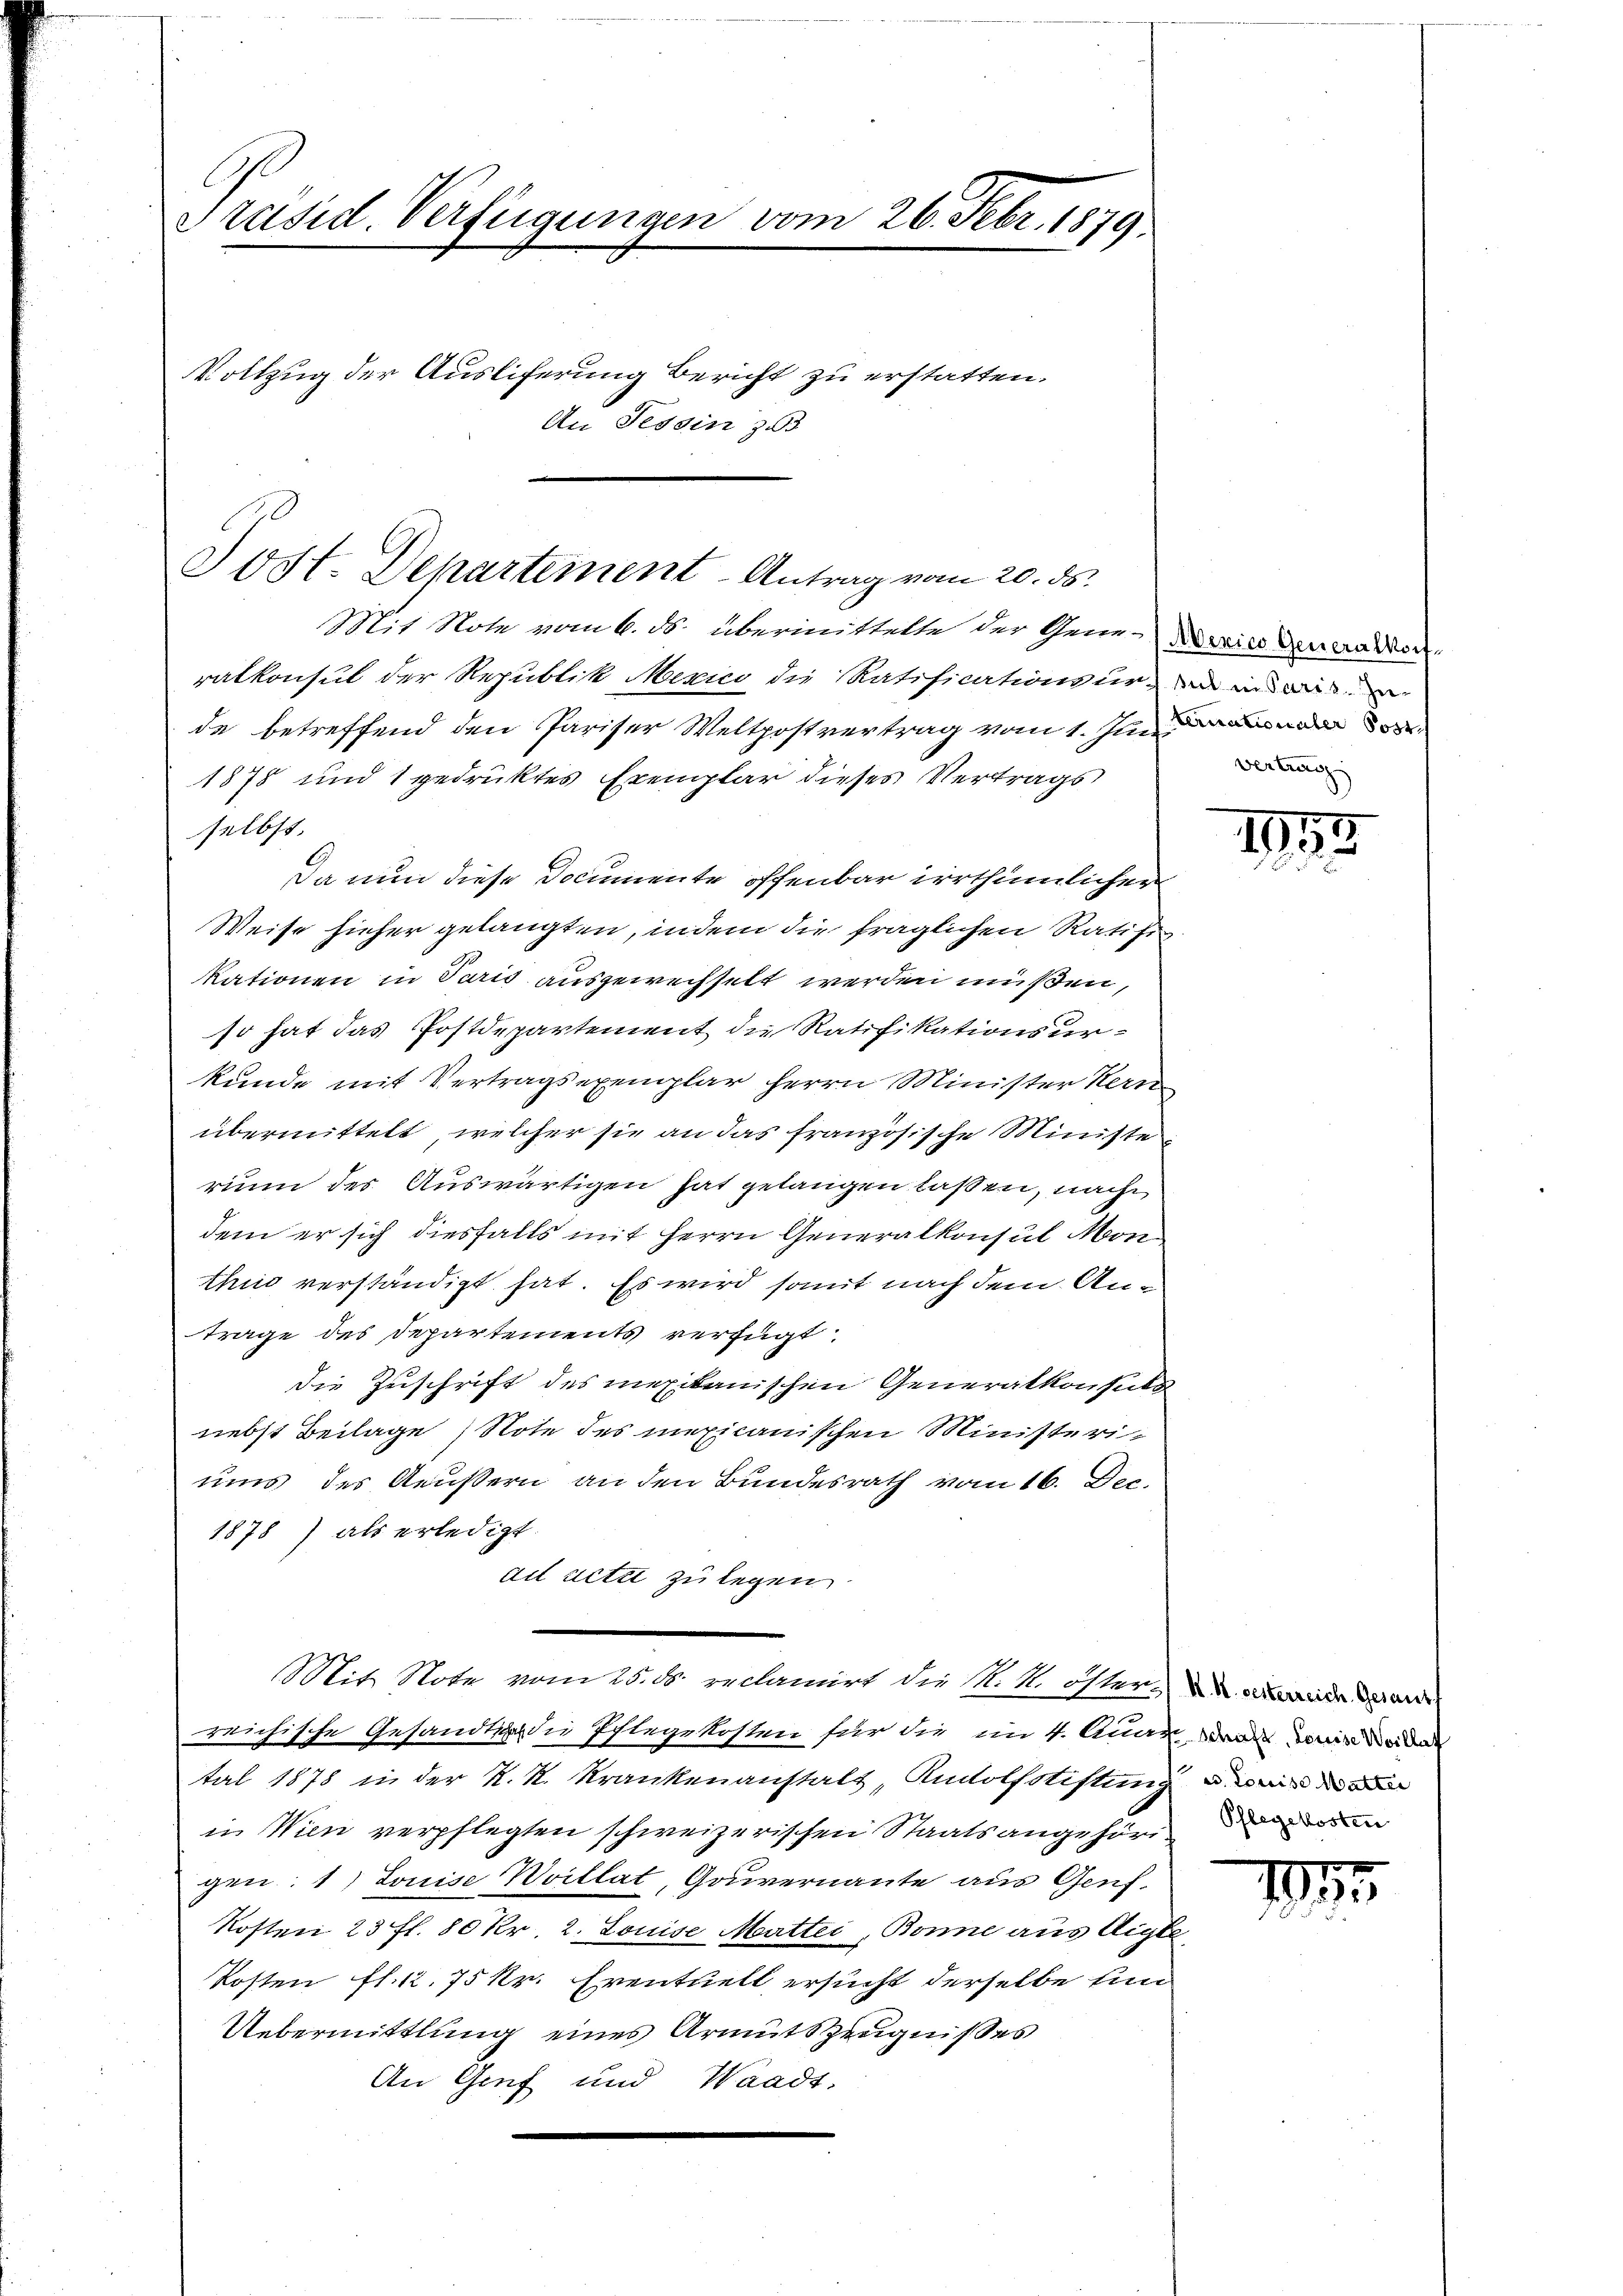
Präsid. Verfügungen vom 26. Febr. 1879
Vollzug der Ausliferung Bericht zu erstatten.
An Tessin zu

Jost. Departement-Antrag vom 20. ds.

Mit Note vom 6. ds. übermittelte der Gene-Mexico Generatort
ralkonsul der Republik Mexico die Ratificationsuren in di
de betreffend den Pariser Weltpostvertrag vom 1. Jun
1878 und 1 gedruktes Exemplar dieses Vertrags
selbst.
Da nun diese Documente offenbar irrthümlicher
Weise hieher gelangten, indem die fraglichen Ratifikationen in Paris ausgewechselt werden müßen,
so hat das Postdepartement die Ratifikationsurkunde mit Vertragsexemplar herrn Minister Kern
übermittelt, welcher sie an das französische Ministe
rium des Auswärtigen hat gelangen lassen, nach
dem er sich diesfalls mit Herrn Generalkonsul Mon
thus verständigt hat. Es wird somit nach dem Antrage des Departements verfügt:
die Zuschrift des mexikanischen Generalkonsuls
nebst Beilage (Note des mexicanischen Ministeriums des Aeußern an den Bundesrath vom 16. Dec.
1878) als erledigt.
ad Letzt zu legen.
Mit Note vom 25. ds. reclamirt die M. M. öster ande da
reichische Gesandtig die Pflegekosten für die im 4. Auge, das dann Weiden
tal 1878 in der K. R. Krankenanstalt, Rudolfstiftung m
in Wien verpflegten schweizerischen Staatsangehörigen: 1) Louise Willat, Gouvernante aus Genf.
Kosten 23 fl. 80 kr. 2. Louise Mattei, Bonne aus Aigle
Kosten fl. 12. 75 kr. Eventuell ersucht derselbe un
Uebermittlung eines Armutszeugnisses
An Gruf und Waadt,

vertrag

1753

Pflegekosten

199